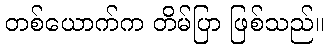
တစ်ယောက်က တိမ်ပြာ ဖြစ်သည်။